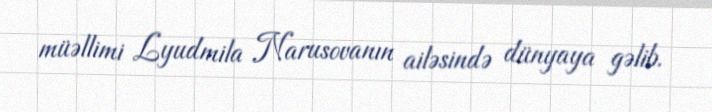
müəllimi Lyudmila Narusovanın ailəsində dünyaya gəlib.